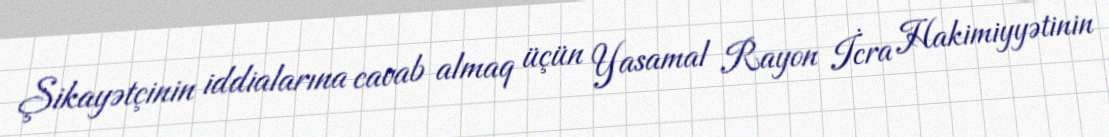
Şikayətçinin iddialarına cavab almaq üçün Yasamal Rayon İcra Hakimiyyətinin